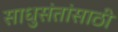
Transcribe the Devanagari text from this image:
साधुसंतांसाठी